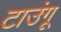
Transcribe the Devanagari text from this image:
टाउंगू